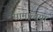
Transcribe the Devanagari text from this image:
सामान्तया